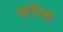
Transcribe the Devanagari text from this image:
फॉरस